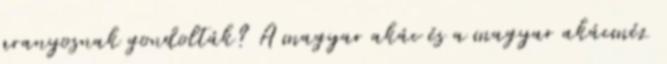
aranyosnak gondolták? A magyar akác és a magyar akácméz